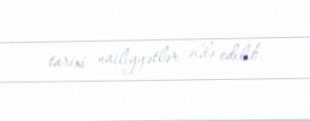
tarixi nailiyyətlər əldə edilib.